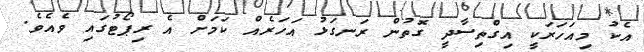
އެކު މިއަހަރަކީ އިގްތިސާދީ ގޮތުން ރަނގަޅު އަހަރެއް ކަަމަށް އެ ރިޕޯޓުގައި ވެއެވެ.